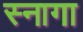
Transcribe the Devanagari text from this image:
स्नागा